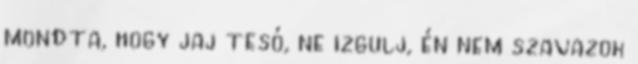
mondta, hogy jaj tesó, ne izgulj, én nem szavazok